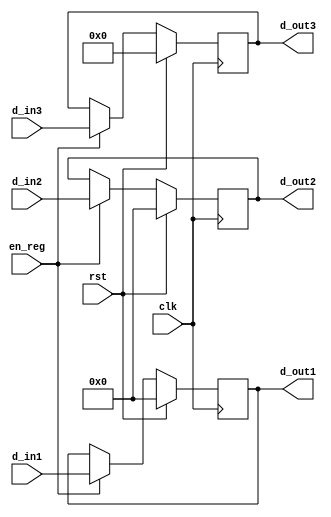
module reg_MEM2WB ( clk, rst, en_reg, d_in1, d_in2, d_in3, d_out1, d_out2, d_out3);
    input clk, rst, en_reg;
    input [31:0] d_in1, d_in2;
	input [4:0] d_in3;
    output reg [31:0] d_out1, d_out2; 
	output reg [4:0] d_out3;
	
    always @( posedge clk ) begin
        if ( rst ) begin
			d_out1 <= 32'b0;
			d_out2 <= 32'b0;
			d_out3 <= 4'b0;
		end	
        else if ( en_reg ) begin
			d_out1 <= d_in1;
			d_out2 <= d_in2;
			d_out3 <= d_in3;
		end	
    end

endmodule